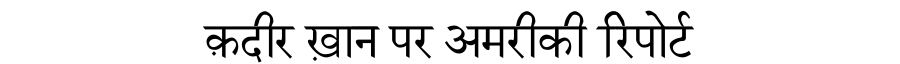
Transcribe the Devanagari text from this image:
क़दीर ख़ान पर अमरीकी रिपोर्ट